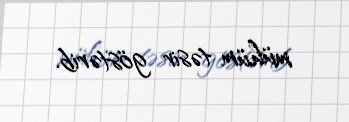
mühüm təsir göstərib.